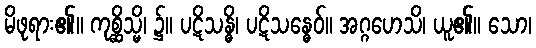
မိဖုရား၏။ ကုစ္ဆိသ္မိ၊ ၌။ ပဋိသန္ဓိ၊ ပဋိသန္ဓေဝ်။ အဂ္ဂဟေသိ၊ ယူ၏။ သော၊